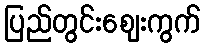
ပြည်တွင်းဈေးကွက်